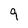
Character: 9